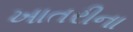
ખાતરીના